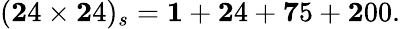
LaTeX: ({\mathbf 24}\times{\mathbf 24})_{s}={\mathbf 1}+{\mathbf 24}+{\mathbf 75}+{\mathbf 200}.